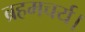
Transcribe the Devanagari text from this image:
ब्रहमचर्य।